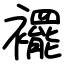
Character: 襬